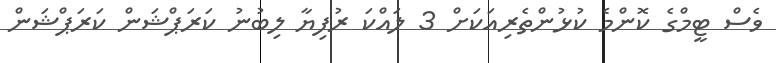
ވެސް ޓީމްގެ ކޮންމެ ކުޅުންތެރިއަކަށް 3 ލައްކަ ރުފިޔާ ލިބުނު ކަރަޕްޝަން ކަރަޕްޝަން